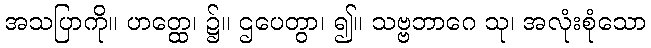
အသပြာကို။ ဟတ္ထေ၊ ၌။ ဌပေတွာ၊ ၍။ သဗ္ဗဘာဂေ သု၊ အလုံးစုံသော